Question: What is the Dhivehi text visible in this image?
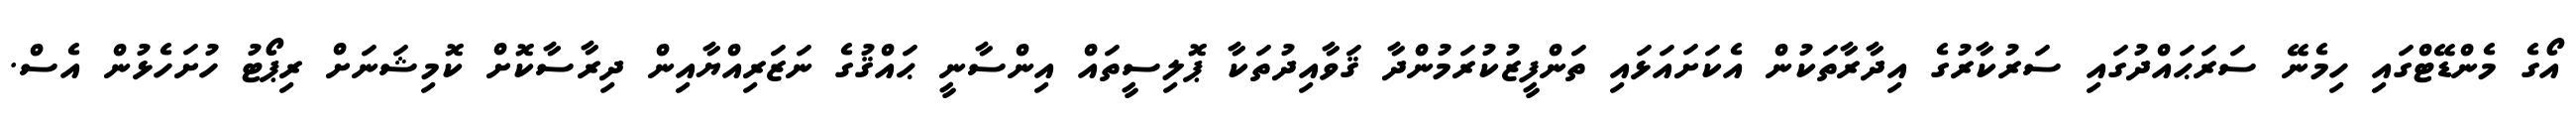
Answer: އޯގެ މެންޑޭޓްގައި ހިމެނޭ ސަރަޙައްދުގައި ސަރުކާރުގެ އިދާރާތަކުން އެކަށައަޅައި ތަންފީޒުކުރަމުންދާ ޤަވާއިދުތަކާ ޕޮލިސީތައް އިންސާނީ ޙައްޤުގެ ނަޒަރިއްޔާއިން ދިރާސާކޮށް ކޮމިޝަނަށް ރިޕޯޓު ހުށަހެޅުން އެސް.